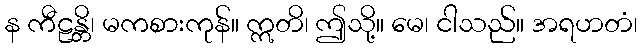
န ကီဠန္တိ၊ မကစားကုန်။ ဣတိ၊ ဤသို့။ မေ၊ ငါသည်။ အရဟတံ၊